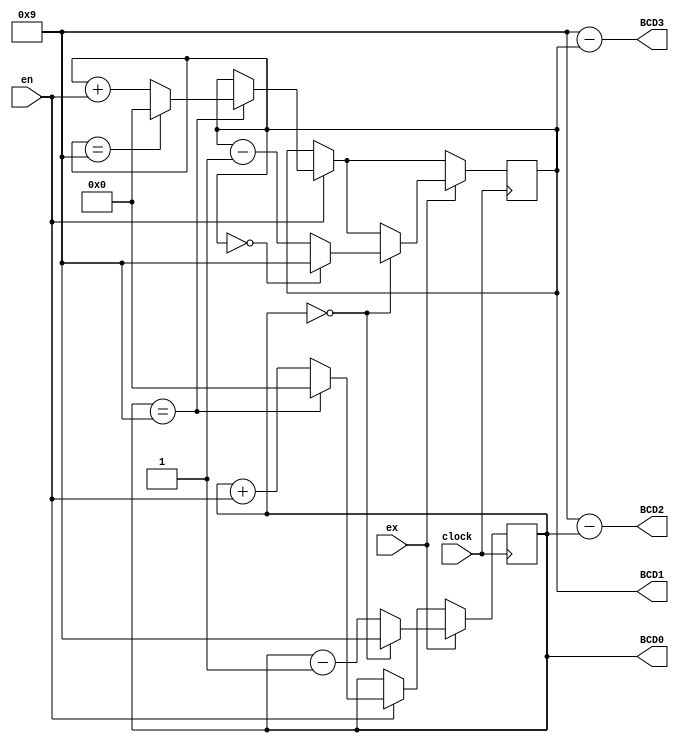
module bcd_counter (clock, en, ex, BCD1, BCD0, BCD3, BCD2);
input clock, en, ex;
output reg [3:0] BCD1, BCD0, BCD3, BCD2;
    always @(posedge clock) begin
        if (en) begin
            if (BCD0 == 4'b1001) begin
                BCD0 <= 0;
                if (BCD1 == 4'b1001) BCD1 <= 0;
                else BCD1 <= BCD1 + en;
            end else BCD0 <= BCD0 + en;
        end
        if (ex) begin
            if (BCD0 == 0) begin
                BCD0 <= 4'b1001;
                if (BCD1 == 0) BCD1 <= 4'b1001;
                else BCD1 <= BCD1 - 1;
            end else BCD0 <= BCD0 - 1;
        end
    end
    
    always@(BCD0, BCD1) begin
        BCD2 = 4'b1001 - BCD0;
        BCD3 = 4'b1001 - BCD1;
    end
endmodule